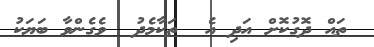
ތައް ދޮގުކޮށް އަދި އެ  ތަކާމެދު  ވެގެންވާ ބަޔަކު